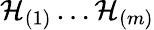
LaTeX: \mathcal{H}_{(1)}\ldots\mathcal{H}_{(m)}